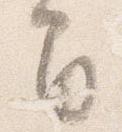
間